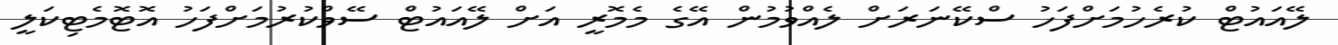
ލޭއައުޓް ކުރެހުމަށްފަހު ސްކޭނަރަށް ލެއްވުމުން އޭގެ މެމޮރީ އަށް ލޭއައުޓް ސޭވްކުރުމަށްފަހު އޮޓޮމެޓިކަލީ